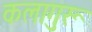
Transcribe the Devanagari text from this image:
कलागुरू